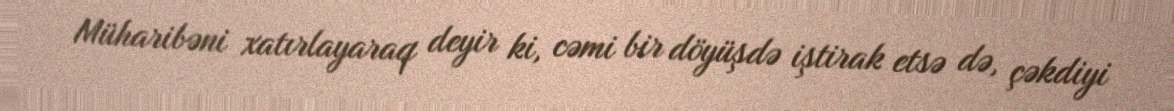
Müharibəni xatırlayaraq deyir ki, cəmi bir döyüşdə iştirak etsə də, çəkdiyi